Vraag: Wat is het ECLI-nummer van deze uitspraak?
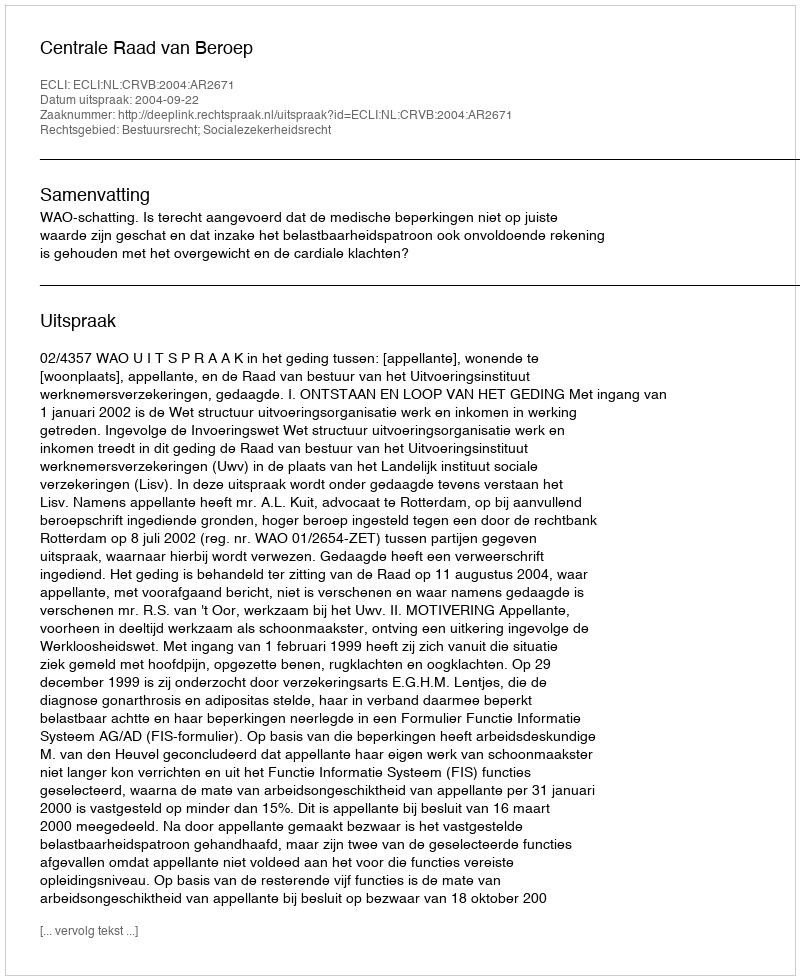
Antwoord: ECLI:NL:CRVB:2004:AR2671